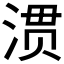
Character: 𭱀